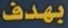
بهدف